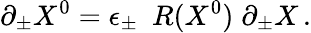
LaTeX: \partial_{\pm}X^{0}=\epsilon_{\pm}~~R(X^{0})\; \partial_{\pm}X\, .